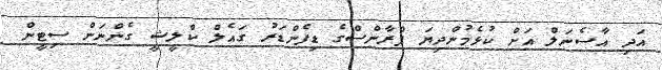
އަދި އާސެނަލް އަށް ކުޅެމުންދިޔަ ފްރާންސްގެ ޑިފެންޑަރު ގައެލް ކްލީޝީ ގެންނަން ސިޓީން